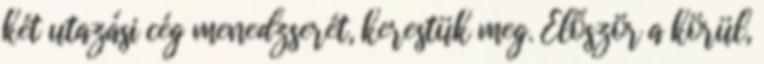
két utazási cég menedzserét, kerestük meg. Először a körül,